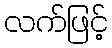
လက်ဖြင့်